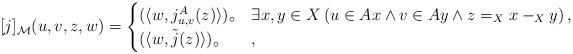
LaTeX: \begin{align*}[j]_\mathcal{M}(u,v,z,w)=\begin{cases}(\langle w,j^A_{u,v}(z)\rangle)_\circ&\exists x,y\in X\left( u\in Ax\land v\in Ay\land z=_Xx-_Xy\right),\\(\langle w,\tilde{j}(z)\rangle)_\circ&,\end{cases}\end{align*}